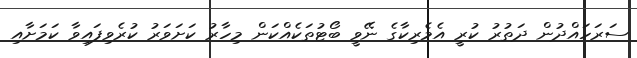
ސަރަހައްދުން ދަތުރު ކުރީ އެމެރިކާގެ ނޭވީ ބޯޓުތަކެއްކަން މިހާރު ކަށަވަރު ކުރެވިފައިވާ ކަމަށާއި